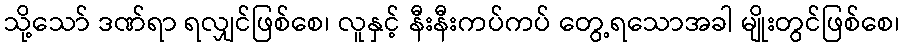
သို့သော် ဒဏ်ရာ ရလျှင်ဖြစ်စေ၊ လူနှင့် နီးနီးကပ်ကပ် တွေ့ရသောအခါ မျိုးတွင်ဖြစ်စေ၊